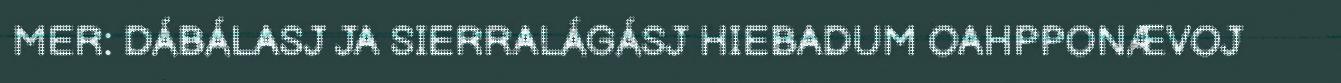
MER: DÁBÁLASJ JA SIERRALÁGÁSJ HIEBADUM OAHPPONÆVOJ